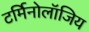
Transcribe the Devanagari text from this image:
टर्मिनोलॉजिय